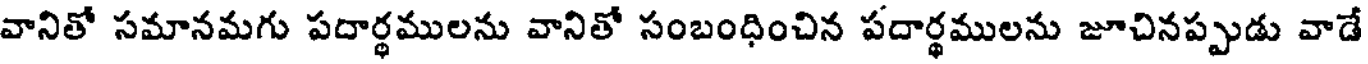
వానితో సమానమగు పదార్థములను వానితో సంబంధించిన పదార్థములను జూచినప్పుడు వాడే